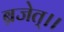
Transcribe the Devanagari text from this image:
ब्रजेत्।।